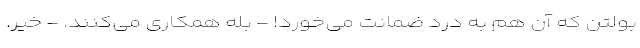
بولتن که آن هم به درد ضمانت می‌خورد! - بله همکاری می‌کنند. - خیر.